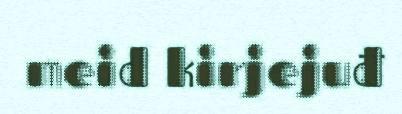
meid kirjejuđ